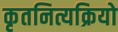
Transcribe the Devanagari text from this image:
कृतनित्यक्रियो